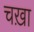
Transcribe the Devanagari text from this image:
चख़ा